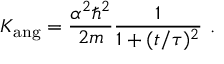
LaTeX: K _ { \mathrm { a n g } } = { \frac { \alpha ^ { 2 } \hbar ^ { 2 } } { 2 m } } { \frac { 1 } { 1 + ( t / \tau ) ^ { 2 } } } ~ .